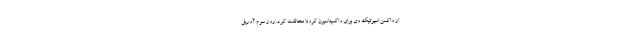
از واکسن اسپوتنیک وی برای واکسیناسیون کرونا مخالفت کرد. روز سوم آوریل